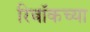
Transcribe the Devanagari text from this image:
रिबॉकच्या